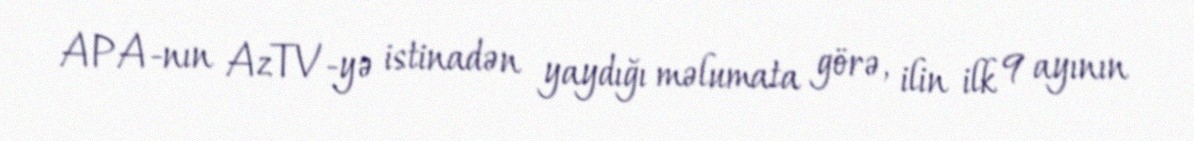
APA-nın AzTV-yə istinadən yaydığı məlumata görə, ilin ilk 9 ayının